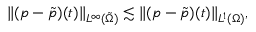
\| ( p - \tilde { p } ) ( t ) \| _ { L ^ { \infty } ( \tilde { \Omega } ) } \lesssim \| ( p - \tilde { p } ) ( t ) \| _ { L ^ { 1 } ( \Omega ) } ,